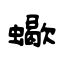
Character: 蠍